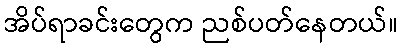
အိပ်ရာခင်းတွေက ညစ်ပတ်နေတယ်။